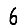
Digit: 6